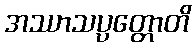
အဿာသပ္ပတ္တောတိ